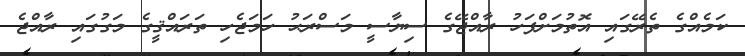
ކަމެއްގެ ތެރޭގައި އޮތުމަށްފަހު ރާއްޖޭގެ ސިޔާސީ މަސްރަޙު ހަމަޖެހި ތަރައްޤީގެ މަގުގައި ރާއްޖެ